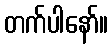
တက်ပါနော်။